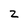
Character: 2